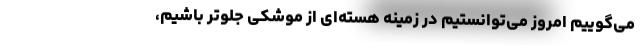
می‌گوییم امروز می‌توانستیم در زمینه هسته‌ای از موشکی جلوتر باشیم،